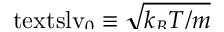
\smash { \ensuremath { \mathrm { \ t e x t s l { v } } _ { 0 } } \equiv \sqrt { k _ { B } T / m } }